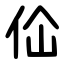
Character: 佡